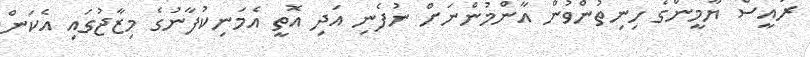
ރައީސް ޔާމީންގެ ހިނިތުންވުން އާންމުންނަށް ނުފެނި އަދި އޮތީ އެމަނިކުފާނުގެ މިޒާޖުގައި އެކަން